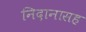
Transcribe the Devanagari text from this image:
निदानासह